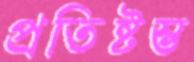
প্রতিষ্টম্ভ